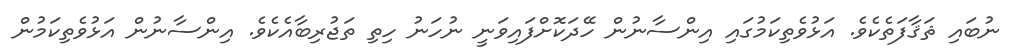
ނުބައި ޘަޤާފަތެކެވެ. އަޅުވެތިކަމުގައި އިންސާނުން ހޭދަކޮށްފައިވަނީ ނުހަނު ހިތި ތަޖުރިބާއެކެވެ. އިންސާނުން އަޅުވެތިކަމުން